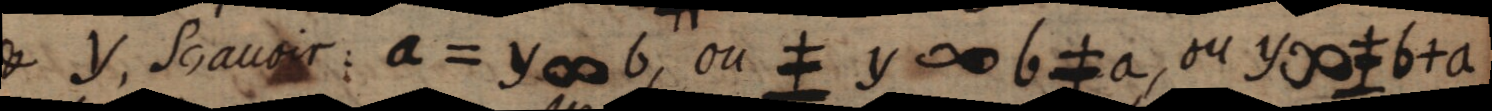
& y, Scavoir a=y ∞ b ou ≠y ∞ b ≠ a ou y ∞ ≠b+a